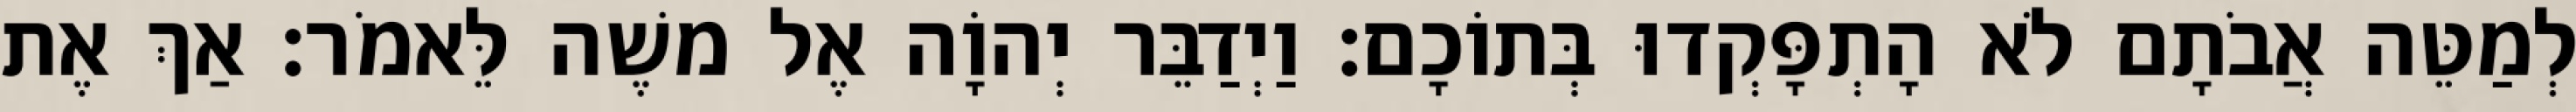
לְמַטֵּה אֲבֹתָם לֹא הָתְפָּקְדוּ בְּתוֹכָם׃ וַיְדַבֵּר יְהוָֹה אֶל משֶׁה לֵּאמֹר׃ אַךְ אֶת